Vaccination in Bombay 1889-1901 - 1889-1901
Year: 1889
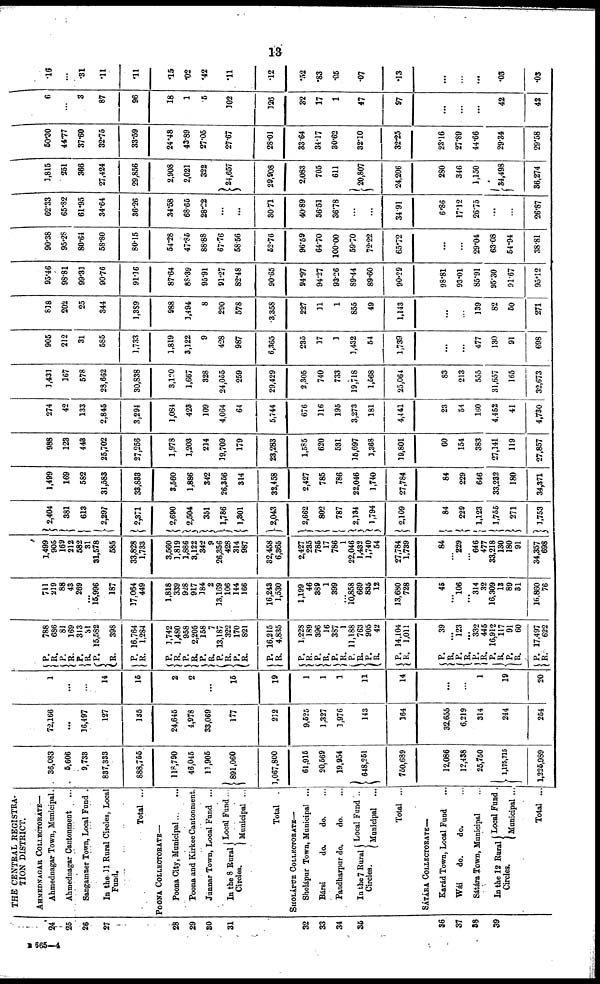
13
24
25
26
27
28
29
30
31
32
33
34
35
36
37
38
39
THE CENTRAL REGISTRA¬
TION DISTRICT.
AHMEDNAGAR COLLECTORATE—
Ahmednagar Town, Municipal.
Ahmednagar Cantonment ...
Sangamner Town, Local Fund .
In the 11 Rural Circles, Local
Fund.
Total ...
POONA COLLECTORATE—
Poona City, Municipal... ...
Poona and Kirkee Cantonment.
Junnar Town, Local Fund ...
In the 8 Rural
Circles.
Local Fund ...
Municipal ...
Total .
SHOLÁPUR COLLECTORATE—
Sholápur Town, Municipal ...
Bársi
do.
do. ...
Pandharpur do.
do. ...
In the 7 Rural
Circles.
Local Fund ..
Municipal ...
Total ...
SÁTÁRA COLLECTORATE—
Karád Town, Local Fund ...
Wái
do.
do. ...
Sátára Town, Municipal ...
In the 12 Rural
Circles.
Local Fund .
Municipal ...
Total ...
36,083
5,606
9,733
837,333
888,755
118,790
46,045
11,905
891,060
1,067,800
61,915
20,569
19,954
648,251
750,689
12,086
12,438
25,750
1,175,715
1,225,989
72,166
...
16,497
127
135
24,645
4,978
33,069
177
212
9,525
1,327
1,976
143
164
32,655
6,219
314
244
254
1
...
...
14
15
2
2
...
15
19
1
1
1
11
14
...
...
1
19
20
P.
R.
P.
R.
P.
R.
P.
R.
P.
R.
P.
R.
P.
R.
P.
R. P.
R.
P.
R.
P.
R.
P.
R.
P.
R. P.
R.
P.
R.
P.
R.
P.
R.
P.
R.
P.
R.
P.
R.
P.
R. P.
R.
P.
R.
788
686
81
169
313
31
15,582
398
16,764
1,284
1,742
1,480
958
2,205
158
7
13,187
322
170
821
16,215
4,835
1,228
189
396
16
387
1
11,188
763
905
42
14,104
1,011
39
... 123
...
332
445
16,912
117
91
60
17,497
622
711
219
88
43
269
...
15,996
187
17,064
449
1,818
339
928
917
184
2
13,169
106
144
166
16,243
1,530
1,199
46
389
1
399
...
10,858
669
835
12
13,680
728
45
...
106
...
314
32
16,309
13
89
31
16,860
76
1,499
905
169
212
582
31
31,578
585
33,828
1,733
3,560
1,819
1,886
3,122
342
9
26,356
428
314
987
32,458
6,365
2,427
235
785
17
786
1
22,046
1,432
1,740
54
27,784
1,739
84
...
229
...
646
477
33,218
130
180
91
34,357
698
2,404
381
613
2,297
2,371
2,690
2,504
351
1,786
1,301
2,043
2,662
802
787
2,134
1,794
2,109
84
229
1,123
1,755
271
1,753
1,499
169
582
31,583
33,833
3,560
1,886
342
26,356
314
32,458
2,427
785
786
22,046
1,740
27,784
84
229
646
33,232
180
34,371
988
123
443
25,702
27,256
1,978
1,203
214
19,709
179
23,283
1,585
620
531
15,697
1,368
19,801
60
154
383
27,141
119
27,857
274
42
133
2,845
3,294
1,084
423
109
4,064
64
5,744
676
116
195
3,273
181
4,441
23
54
160
4,452
41
4,730
1,431
167
578
28,662
30,838
3,120
1,667
328
24,055
259
29,429
2,305
740
733
19,718
1,568
25,064
83
213
555
31,657
165
32,673
905
212
31
585
1,733
1,819
3,122
9
428
987
6,365
235
17
3
1,432
54
1,739
...
...
477
130
91
698
818
202
25
344
1,389
988
1,494
8
290
578
3,358
227
11
1
855
49
1,143
...
...
139
82
50
271
95.46
98.81
99.31
90.76
91.36
87.64
88.39
95.91
91.27
82.48
90.65
94.97
94.27
93.26
89.44
89.60
90.29
98.81
93.01
85.91
95.30
91.67
95.12
90.38
95.28
80.64
58.80
80.15
54.28
47.85
88.88
67.76
58.56
52.76
96.59
64.70
100.00
59.70
72.22
65.72
...
...
29.04
63.08
54.94
38.81
62.33
65.82
61.95
34.64
36.26
34.58
68.65
28.22
...
...
30.71
40.89
36.51
36.78
...
...
34.91
6.86
17.12
26.75
...
...
26.87
1,815
251
366
27,424
29,856
2,908
2,021
322
24,657
29,908
2,083
705
611
20,807
24,206
280
346
1,150
34,498
36,274
50.30
44.77
37.60
32.75
33.59
24.48
43.89
27.05
27.67
28.01
33.64
34.17
30.62
32.10
32.25
23.16
27.89
44.66
29.34
29.58
6
...
3
87
96
18
1
.5
102
126
32
17
1
47
97
...
...
...
42
42
.16
...
.31
.11
.11
.15
.02
.42
.11
.12
.52
.83
.05
.07
.13
...
...
...
.03
.03
B 665—4